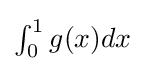
{\textstyle \int _{0}^{1}g(x)dx}